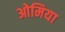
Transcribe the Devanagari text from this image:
ओमिया